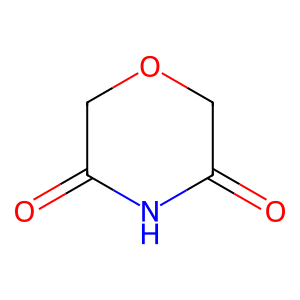
SMILES: O=C1COCC(=O)N1
Inhibits HIV replication: No